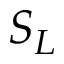
S _ { L }